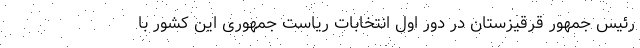
رئیس جمهور قرقیزستان در دور اول انتخابات ریاست جمهوری این کشور با